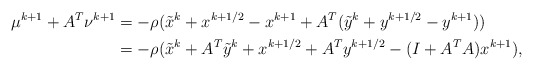
\begin{align*}\mu^{k+1} +A^T \nu^{k+1} &= -\rho(\tilde x^{k} + x^{k+1/2} - x^{k+1} +A^T ( \tilde y^{k} + y^{k+1/2} - y^{k+1} )) \\&= -\rho(\tilde x^{k} + A^T\tilde y^k + x^{k+1/2} +A^Ty^{k+1/2} - (I+A^TA)x^{k+1}),\end{align*}